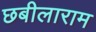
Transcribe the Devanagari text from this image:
छबीलाराम